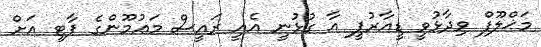
މަޚްލޫފް ވިދާޅުވީ ޑީއާރުޕީ އާ ގުޅުނީ އެއީ ރައީސް މަޢުމޫންގެ ޕާޓީ އަށް